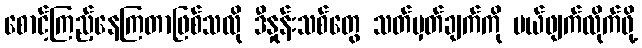
စောင့်ကြည့်နေကြတာဖြစ်သလို ဒီနှုန်းသစ်တွေ သတ်မှတ်ချက်ကို ပယ်ဖျက်လိုက်ဖို့